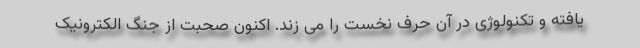
یافته و تکنولوژی در آن حرف نخست را می زند. اکنون صحبت از جنگ الکترونیک